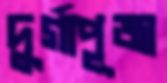
দুর্গাপূজা